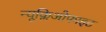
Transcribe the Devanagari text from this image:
न्यूक्लिओफाइट